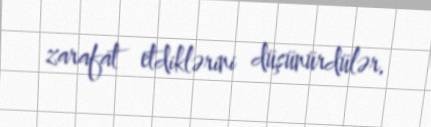
zarafat etdiklərini düşünürdülər.